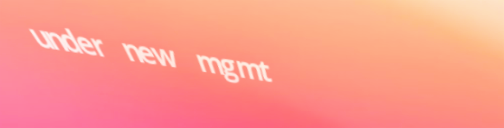
under new mgmt